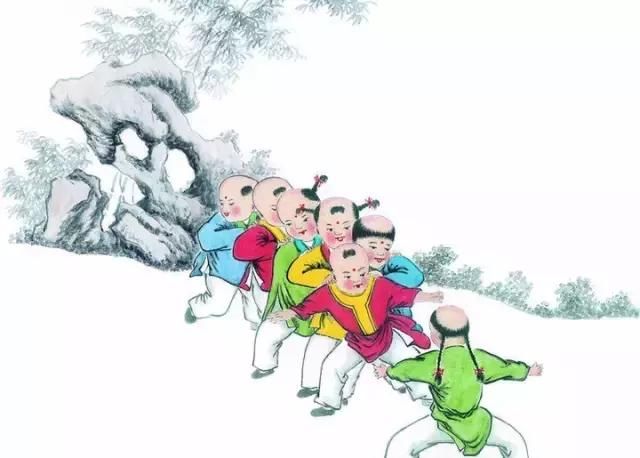
骑牛远远过前村，短笛横吹隔陇闻。